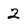
Character: 2